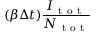
( \beta \Delta t ) \frac { I _ { \mathrm { ~ t ~ o ~ t ~ } } } { N _ { \mathrm { ~ t ~ o ~ t ~ } } }